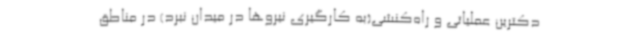
دکترین عملیاتی و راه‌کنشی(به کارگیری نیروها در میدان نبرد) در مناطق